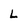
Character: L